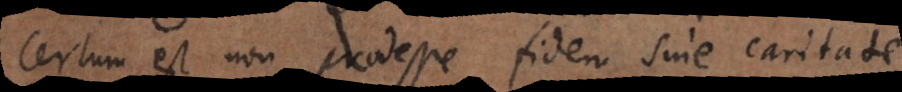
certum est non prodesse fidem sine caritate.